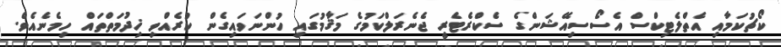
ކޯޗުކަމާއި އެތްލެޓިކްސް އެސޯސިއޭޝަންގެ ސެކްރެޓެރީ ޖެނެރަލްކަމުގެ މަޤާމުގައި ހުންނަވައިގެން ކުރެއްވި ޚިދުމަތްތައް ހިމެނެއެވެ.